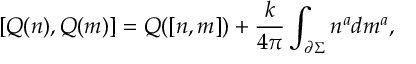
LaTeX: \lbrack Q ( n ) , Q ( m ) ] = Q ( [ n , m ] ) + { \frac k { 4 \pi } } \int _ { { \partial } \Sigma } n ^ { a } d m ^ { a } ,